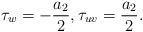
LaTeX: \begin{align*}\tau_w = -\frac{a_2}{2}, \tau_{uv} = \frac{a_2}{2}. \end{align*}